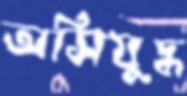
অসিযুদ্ধ